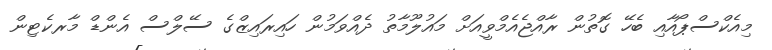
މިއެކްސްޕޯއާއި ބެހޭ ގޮތުން ރާއްޖެއެމްވީއަށް މައުލޫމާތު ދެއްވަމުން ހައިރައިޒްގެ ސޭލްސް އެންޑް މާރކެޓިން